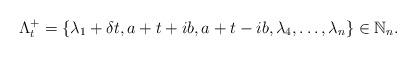
LaTeX: \begin{align*}\Lambda^{+}_{t}&=\{\lambda_{1}+\delta t,a+t+ib,a+t-ib,\lambda_{4},\ldots,\lambda_{n}\}\in \mathbb{N}_{n}.\end{align*}